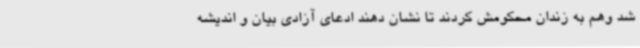
شد وهم به زندان محکومش کردند تا نشان دهند ادعای آزادی بیان و اندیشه